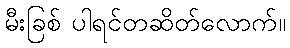
မီးခြစ် ပါရင်တဆိတ်လောက်။